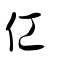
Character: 仜